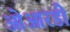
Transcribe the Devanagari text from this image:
ओआरडी